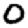
Digit: 0